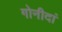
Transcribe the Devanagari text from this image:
गोनीदां